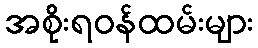
အစိုးရဝန်ထမ်းများ